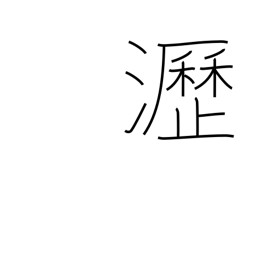
Meaning: dropping